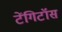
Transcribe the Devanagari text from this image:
टेंगिटॉस